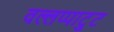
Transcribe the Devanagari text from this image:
वल्लप्पाट्टु